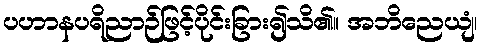
ပဟာနပရိညာဉ်ဖြင့်ပိုင်းခြား၍သိ၏။ အဘိညေယျံ၊